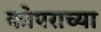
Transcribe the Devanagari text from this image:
कोपराच्या